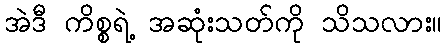
အဲဒီ ကိစ္စရဲ့ အဆုံးသတ်ကို သိသလား။